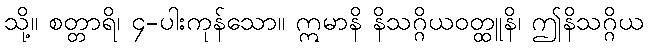
သို့။ စတ္တာရိ၊ ၄-ပါးကုန်သော။ ဣမာနိ နိသဂ္ဂိယဝတ္ထူနိ၊ ဤနိသဂ္ဂိယ